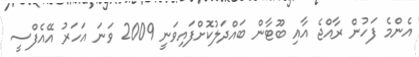
އެންމެ ފަހުން ރާއްޖެ އާއި ބޫޓާން ބައްދަލުކޮށްފައިވަނީ 2009 ވަނަ އަހަރު އޭއެފްސީ